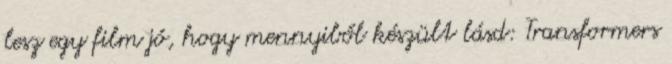
lesz egy film jó, hogy mennyiből készült lásd: Transformers